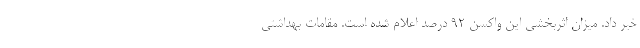
خبر داد. میزان اثربخشی این واکسن ۹۲ درصد اعلام شده است. مقامات بهداشتی